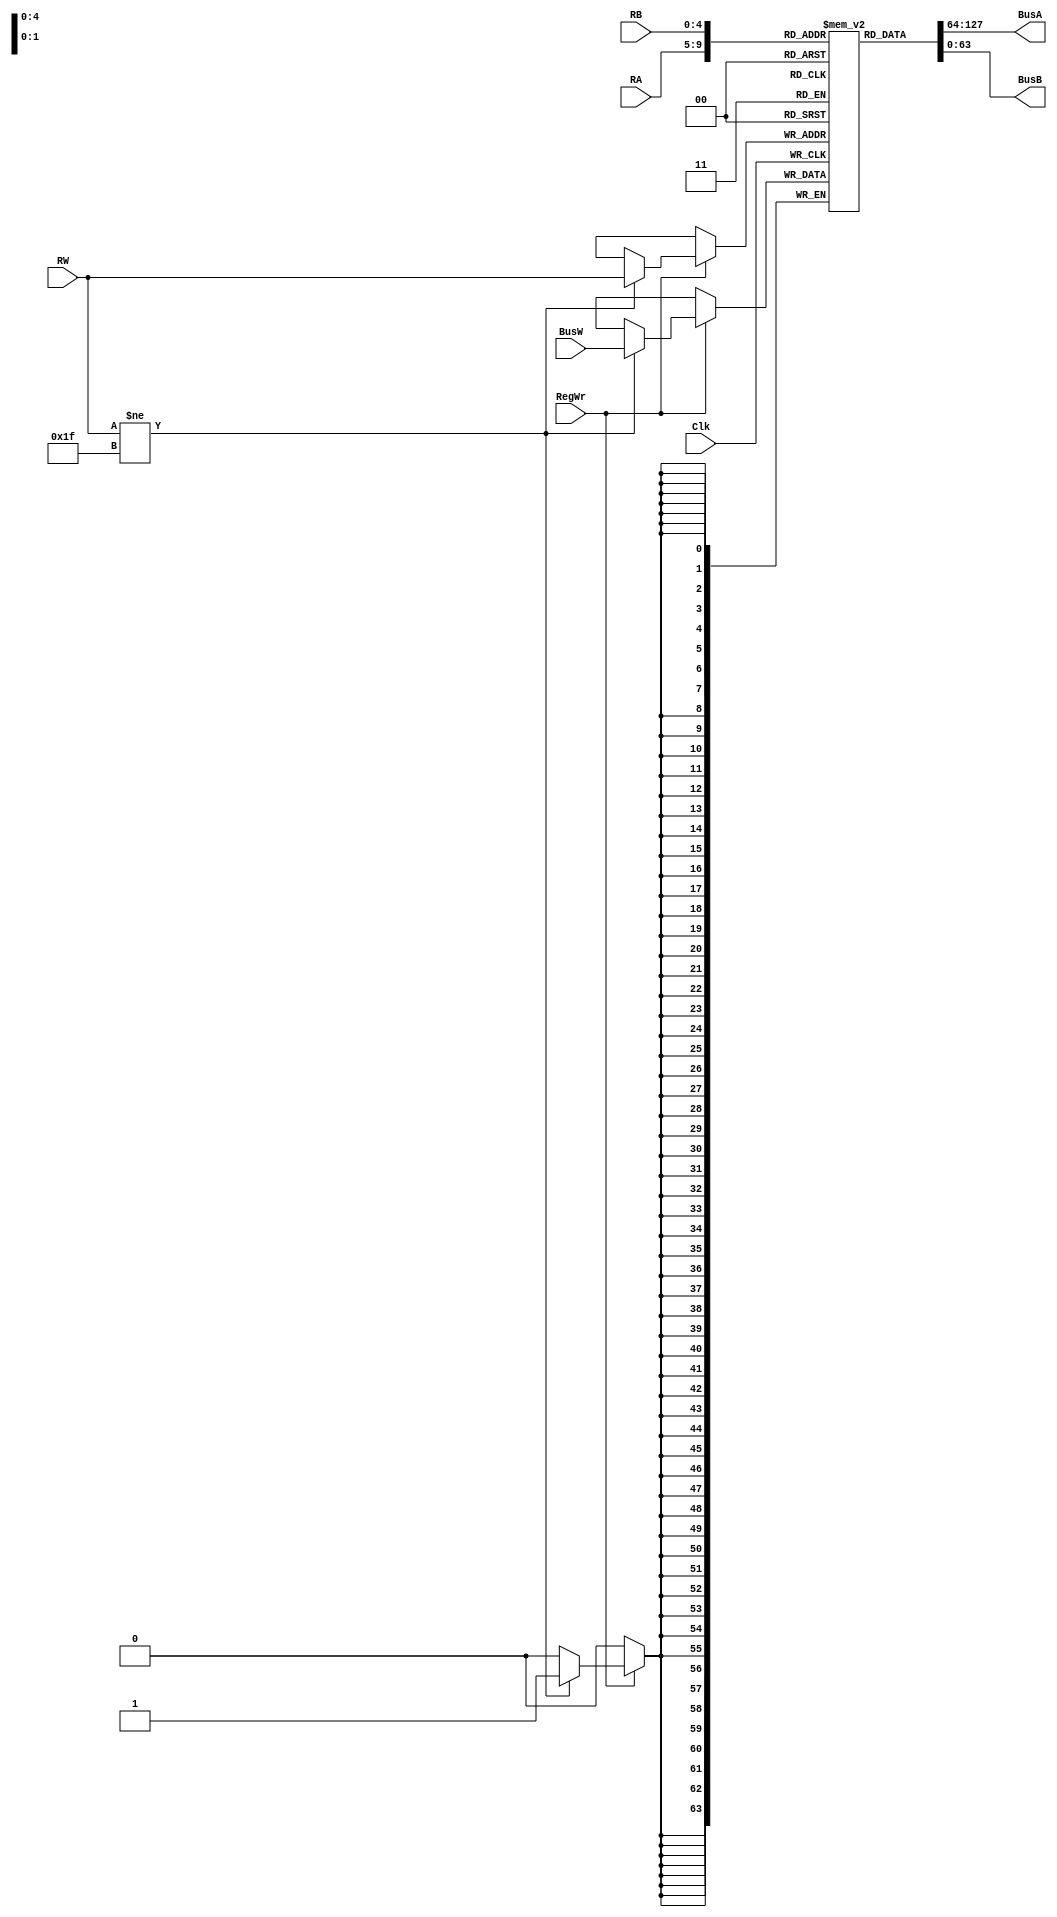
module RegisterFile(BusA, BusB, BusW, RW, RA, RB, RegWr, Clk);
    output [63:0] BusA; // 64 bits
    output [63:0] BusB;
    input [63:0] BusW;
    input [4:0] RW, RA, RB; // 5 bits
    input RegWr;
    input Clk;
    reg [63:0] registers [31:0]; // 32x64 register file
     
    assign #2 BusA = registers[RA]; // BusA gets the value of RA
    assign #2 BusB = registers[RB]; // BusB gets the value of RB

   initial
     registers[31] <= 0; // this is the Zero register, we don't want Reg[31] to equal anything but 0.

   
    always @ (negedge Clk) begin
        if(RegWr) // if RegWR == 1 (is high)
	  if (RW != 5'd31) // we want to update all registers EXCEPT the Zero Register
            registers[RW] <= #3 BusW;
       
    end
   
endmodule